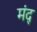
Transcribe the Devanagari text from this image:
मंद्